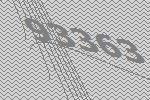
93363